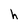
Character: h